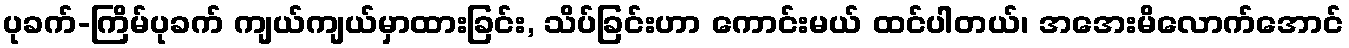
ပုခက်-ကြိမ်ပုခက် ကျယ်ကျယ်မှာထားခြင်း, သိပ်ခြင်းဟာ ကောင်းမယ် ထင်ပါတယ်၊ အအေးမိလောက်အောင်